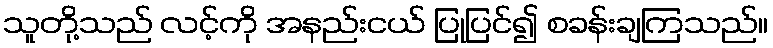
သူတို့သည် လင့်ကို အနည်းငယ် ပြုပြင်၍ စခန်းချကြသည်။